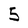
Character: 5